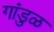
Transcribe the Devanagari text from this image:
गांडुळ